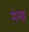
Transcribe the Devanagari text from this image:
मंन्च